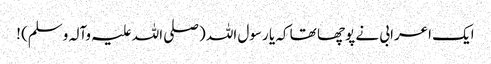
ایک اعرابی نے پوچھا تھا کہ یا رسول اللہ (صلی اللہ علیہ وآلہ وسلم) !